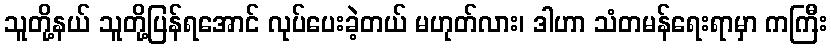
သူတို့နယ် သူတို့ပြန်ရအောင် လုပ်ပေးခဲ့တယ် မဟုတ်လား၊ ဒါဟာ သံတမန်ရေးရာမှာ ကကြီး